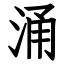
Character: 涌